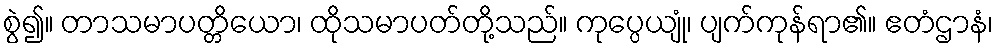
စွဲ၍။ တာသမာပတ္တိယော၊ ထိုသမာပတ်တို့သည်။ ကုပ္ပေယျုံ၊ ပျက်ကုန်ရာ၏။ ဧတံဌာနံ၊